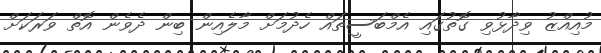
މުއިއްޒު ވިދާޅުވި ގޮތުގައި އެމްބަސީތައް ހެދުމަށް މާލެއިން ބިން ދެވެން އޮތް ވަރަކަށް